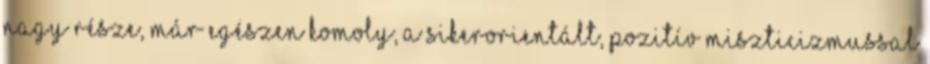
nagy része, már egészen komoly, a sikerorientált, pozitív miszticizmussal